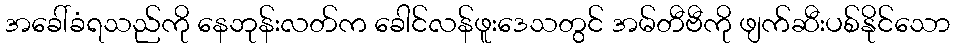
အခေါ်ခံရသည်ကို နေဘုန်းလတ်က ခေါင်လန်ဖူးဒေသတွင် အမ်တီဗီကို ဖျက်ဆီးပစ်နိုင်သော